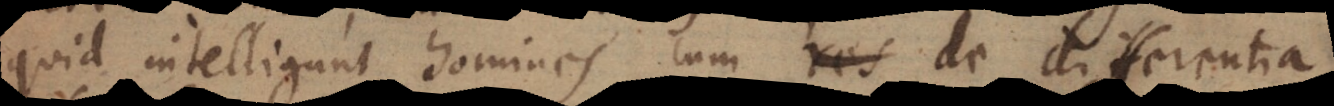
quid intelligunt homines cum res de differentia